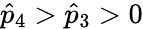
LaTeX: \hat{p}_{4}>\hat{p}_{3}>0